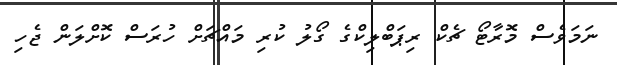
ނަމަވެސް މޮރާޓޯ ޗެކް ރިޕަބްލިކްގެ ގޯލު ކުރި މައްޗަށް ހުރަސް ކޮށްލަން ޖެހި